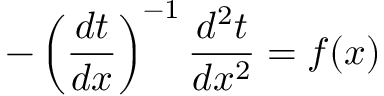
- \left( { \frac { d t } { d x } } \right) ^ { - 1 } { \frac { d ^ { 2 } t } { d x ^ { 2 } } } = f ( x )